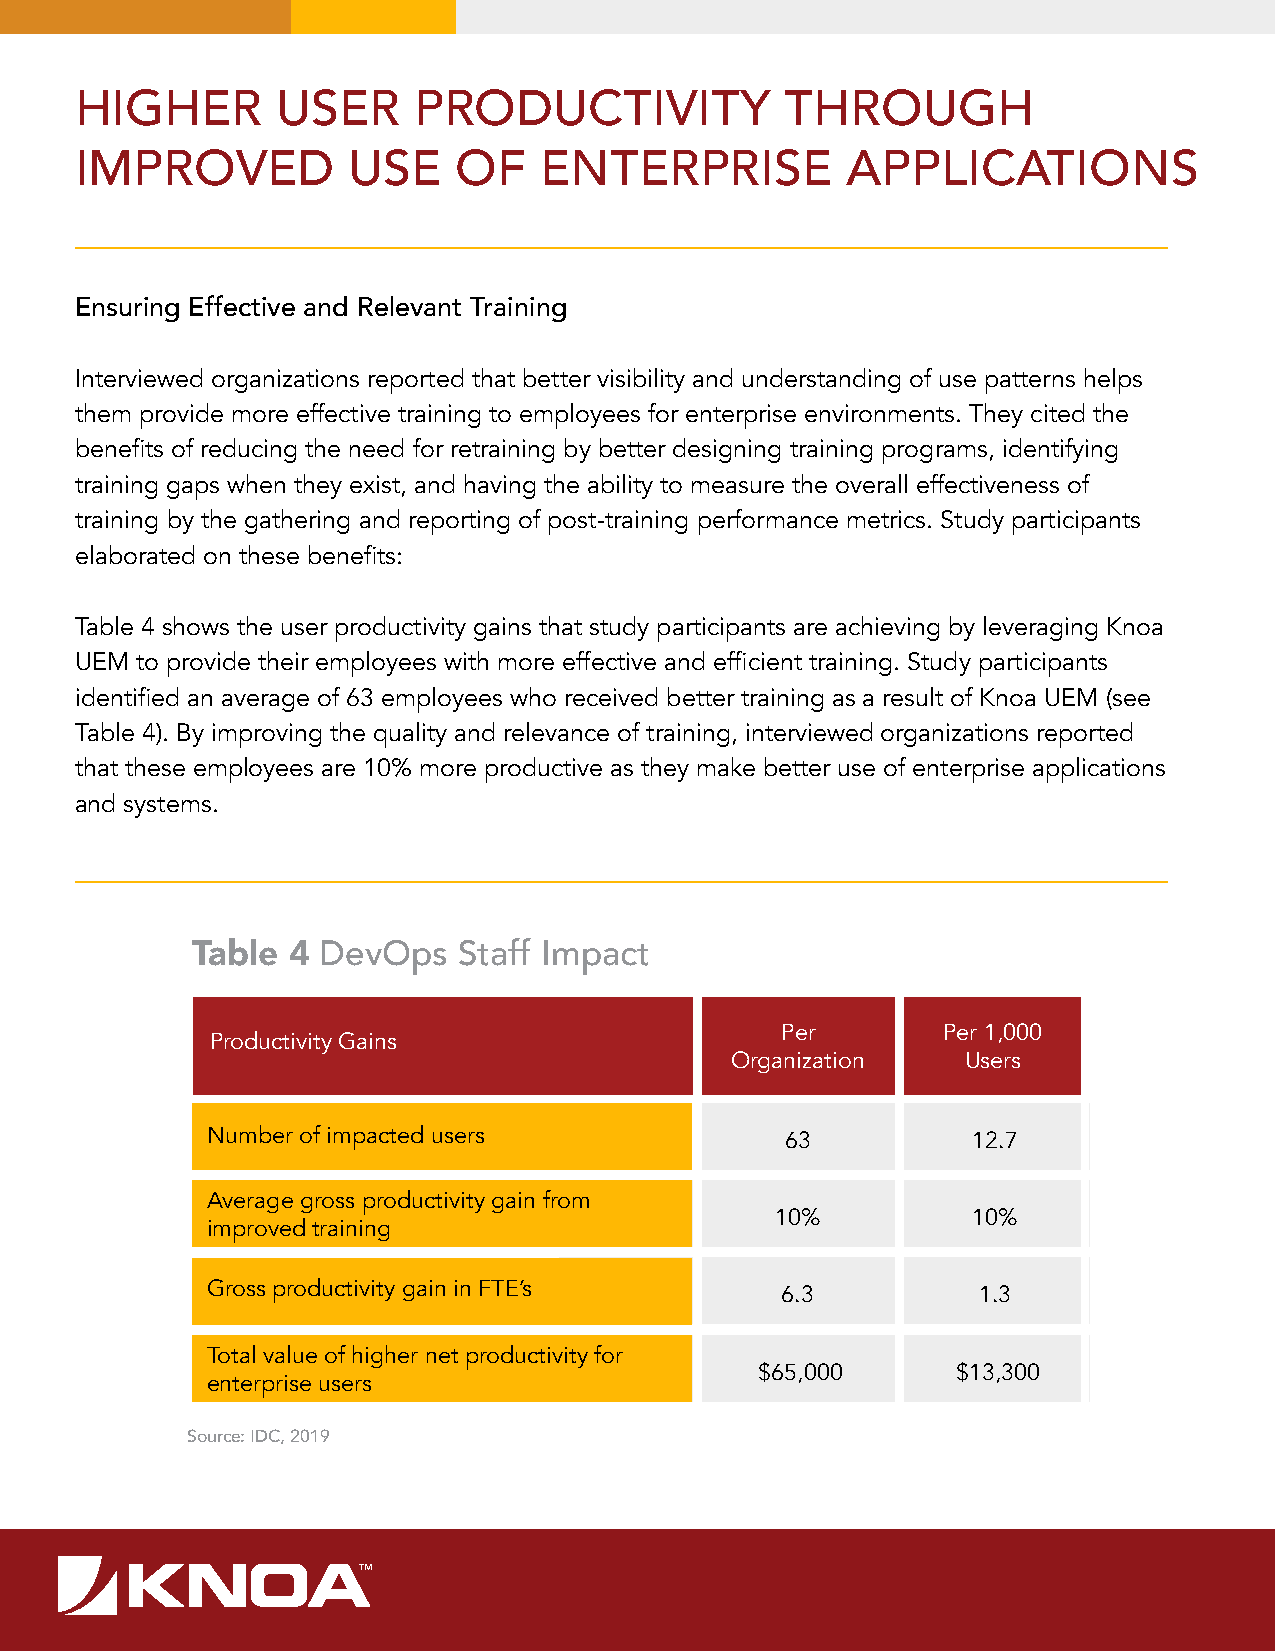
HIGHER       USER     PRODUCTIVITY             THROUGH
 IMPROVED          USE    OF    ENTERPRISE          APPLICATIONS
 Ensuring Effective and Relevant Training
 Interviewed organizations reported that better visibility and understanding of use patterns helps
 them provide more effective training to employees for enterprise environments. They cited the
 benefits of reducing the need for retraining by better designing training programs, identifying
 training gaps when they exist, and having the ability to measure the overall effectiveness of
 training by the gathering and reporting of post-training performance metrics. Study participants
 elaborated on these benefits:
 Table 4 shows the user productivity gains that study participants are achieving by leveraging Knoa
 UEM to provide their employees with more effective and efficient training. Study participants
 identified an average of 63 employees who received better training as a result of Knoa UEM (see
 Table 4). By improving the quality and relevance of training, interviewed organizations reported
 that these employees are 10% more productive as they make better use of enterprise applications
 and systems.
 Table 4 DevOps   Staff Impact
 Per       Per 1,000
 Productivity Gains
 Organization    Users
 Number of impacted users              63          12.7
 Average gross productivity gain from
 10%          10%
 improved training
 Gross productivity gain in FTE’s      6.3          1.3
 Total value of higher net productivity for
 $65,000      $13,300
 enterprise users
 Source: IDC, 2019